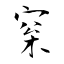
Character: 梥